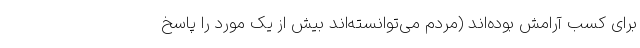
برای کسب آرامش بوده‌اند (مردم می‌توانسته‌اند بیش از یک مورد را پاسخ